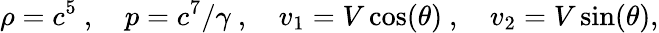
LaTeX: \rho=c^{5}\ ,\quad p=c^{7}/\gamma\ ,\quad v_{1}=V\cos(\theta)\ ,\quad v_{2}=V\sin(\theta),